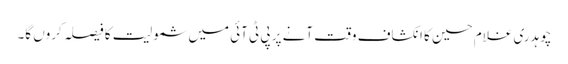
چوہدری غلام حسین کا انکشاف وقت آنے پر پی ٹی آئی میں شمولیت کا فیصلہ کروں گا۔